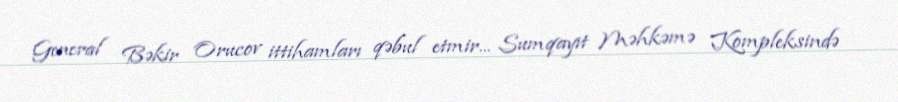
General Bəkir Orucov ittihamları qəbul etmir... Sumqayıt Məhkəmə Kompleksində